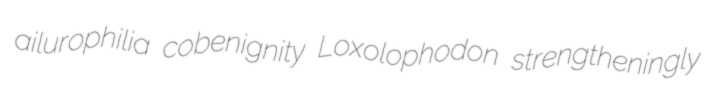
ailurophilia cobenignity Loxolophodon strengtheningly